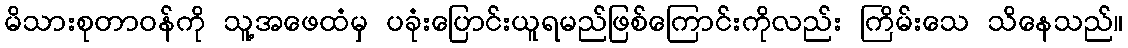
မိသားစုတာဝန်ကို သူ့အဖေထံမှ ပခုံးပြောင်းယူရမည်ဖြစ်ကြောင်းကိုလည်း ကြိမ်းသေ သိနေသည်။